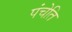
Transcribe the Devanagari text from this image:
पंचेति